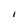
Character: I